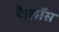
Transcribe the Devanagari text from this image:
है।लॉस